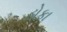
ડોકા